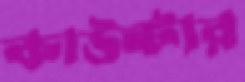
কাউন্টার